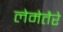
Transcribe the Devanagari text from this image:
लेमेतैरे